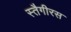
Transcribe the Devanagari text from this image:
स्तैगीरस